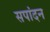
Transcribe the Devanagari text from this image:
सपांदन